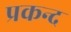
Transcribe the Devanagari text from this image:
प्रकन्द